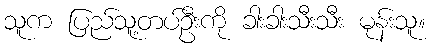
သူက ပြည်သူ့တပ်ဦးကို ခါးခါးသီးသီး မုန်းသူ။